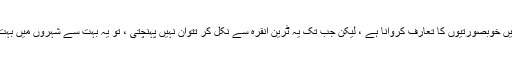
یقینا Our ہمارا بنیادی ہدف وان میں خوبصورتیوں کا تعارف کروانا ہے ، لیکن جب تک یہ ٹرین انقرہ سے نکل کر تتوان نہیں پہنچتی ، تو یہ بہت سے شہروں میں بہت ساری خوبصورتی کا منظر ہے۔